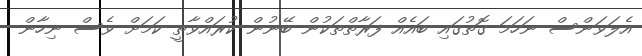
އެލަވަންސް ނަހަމަ ގޮތުގައި ބައެއް ފަރާތްތަކުން ބޭނުން ކުރައްވާތީ ކަމަށް ވެސް ނިހާން